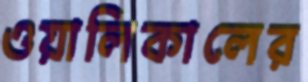
ওয়ালিকালের